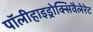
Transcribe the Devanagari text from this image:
पॉलीहाइड्रोक्सिवैलेरेट